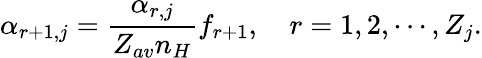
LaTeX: \alpha_{r+1,j}=\frac{\alpha_{r,j}}{Z_{av}n_{H}}f_{r+1},\quad r=1,2,\cdots,Z_{j}.